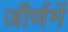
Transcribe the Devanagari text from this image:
जीर्णमें